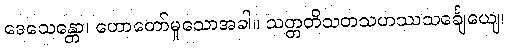
ဒေသေန္တော၊ ဟောတော်မူသောအခါ။ သတ္တတိသတသဟဿသင်္ချေယျေ၊